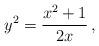
LaTeX: \begin{align*}y^2=\frac{x^2+1}{2x}\,,\end{align*}